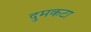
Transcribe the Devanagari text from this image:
दुमकटा